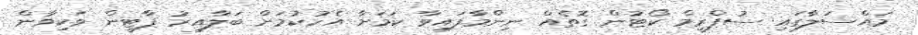
މައްސަލާގައި ސުޕްރީމް ކޯޓުން ގޮތެއް ނިންމާފައިވާ ކަމަށާ އެހުކުމަށް ބަލާއިރު ޕާޓީން ވަކިވާން